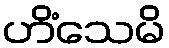
ဟိံသေမိ